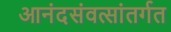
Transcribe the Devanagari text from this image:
आनंदसंवत्सांतर्गत